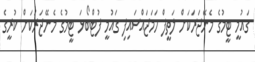
ގައުމީ ޓީމުގެ މެނޭޖަރަކަށް ލަތީފް ހަމަޖައްސައިފި ގައުމީ ފުޓްބޯޅަ ޓީމުގެ މެނޭޖަރަކަށް ކުރީގެ